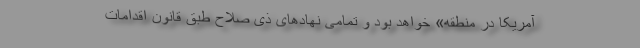
آمریکا در منطقه» خواهد بود و تمامی نهادهای ذی صلاح طبق قانون اقدامات